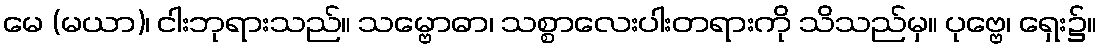
မေ (မယာ)၊ ငါးဘုရားသည်။ သမ္ဗောဓာ၊ သစ္စာလေးပါးတရားကို သိသည်မှ။ ပုဗ္ဗေ၊ ရှေး၌။